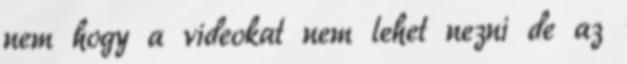
nem hogy a videokat nem lehet nezni de az